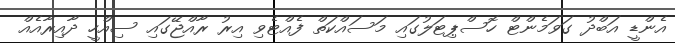
އެންޑީ އަބްދު ގަވަމެންޓް ހޮސްޕިޓަލުގައި މަސައްކަތް ފެއްޓެވި އިރު ރާއްޖޭގައި ސިއްހީ ދާއިރާއެއް